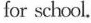
for school。